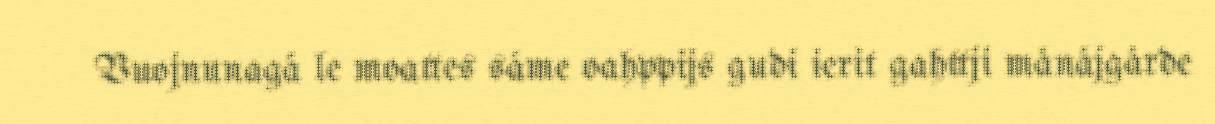
Vuojnunagá le moattes sáme oahppijs gudi ierit gahttji mánájgárde